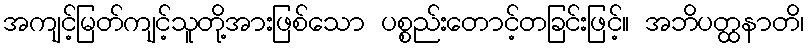
အကျင့်မြတ်ကျင့်သူတို့အားဖြစ်သော ပစ္စည်းတောင့်တခြင်းဖြင့်။ အဘိပတ္ထနာတိ၊